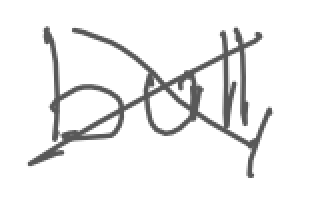
Text: bull,
Cross-out: cross
Writing tool: digital_gray